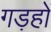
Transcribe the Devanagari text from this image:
गड़हों